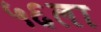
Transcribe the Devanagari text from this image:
५६ला